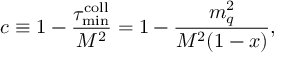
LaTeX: c \equiv 1 - \frac { \tau _ { \mathrm { m i n } } ^ { \mathrm { c o l l } } } { M ^ { 2 } } = 1 - \frac { m _ { q } ^ { 2 } } { M ^ { 2 } ( 1 - x ) } ,